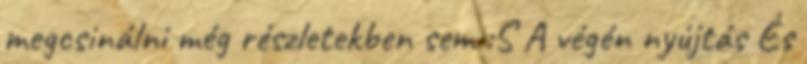
megcsinálni még részletekben sem :S A végén nyújtás És